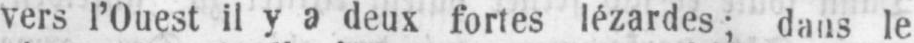
vers l’Ouest il y a deux fortes lézardes; dans le